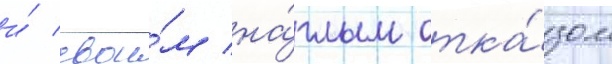
и́ свои́м на́глым отка́зом